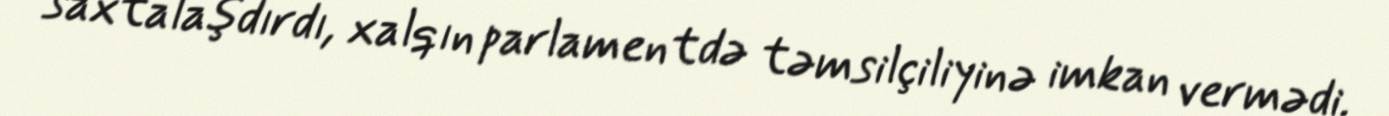
saxtalaşdırdı, xalqın parlamentdə təmsilçiliyinə imkan vermədi.